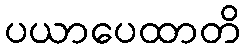
ပယာပေထာတိ